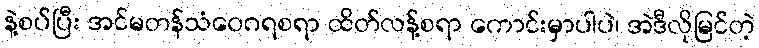
နဲ့စပ်ပြီး အင်မတန်သံဝေဂရစရာ ထိတ်လန့်စရာ ကောင်းမှာပါပဲ၊ အဲဒီလိုမြင်တဲ့